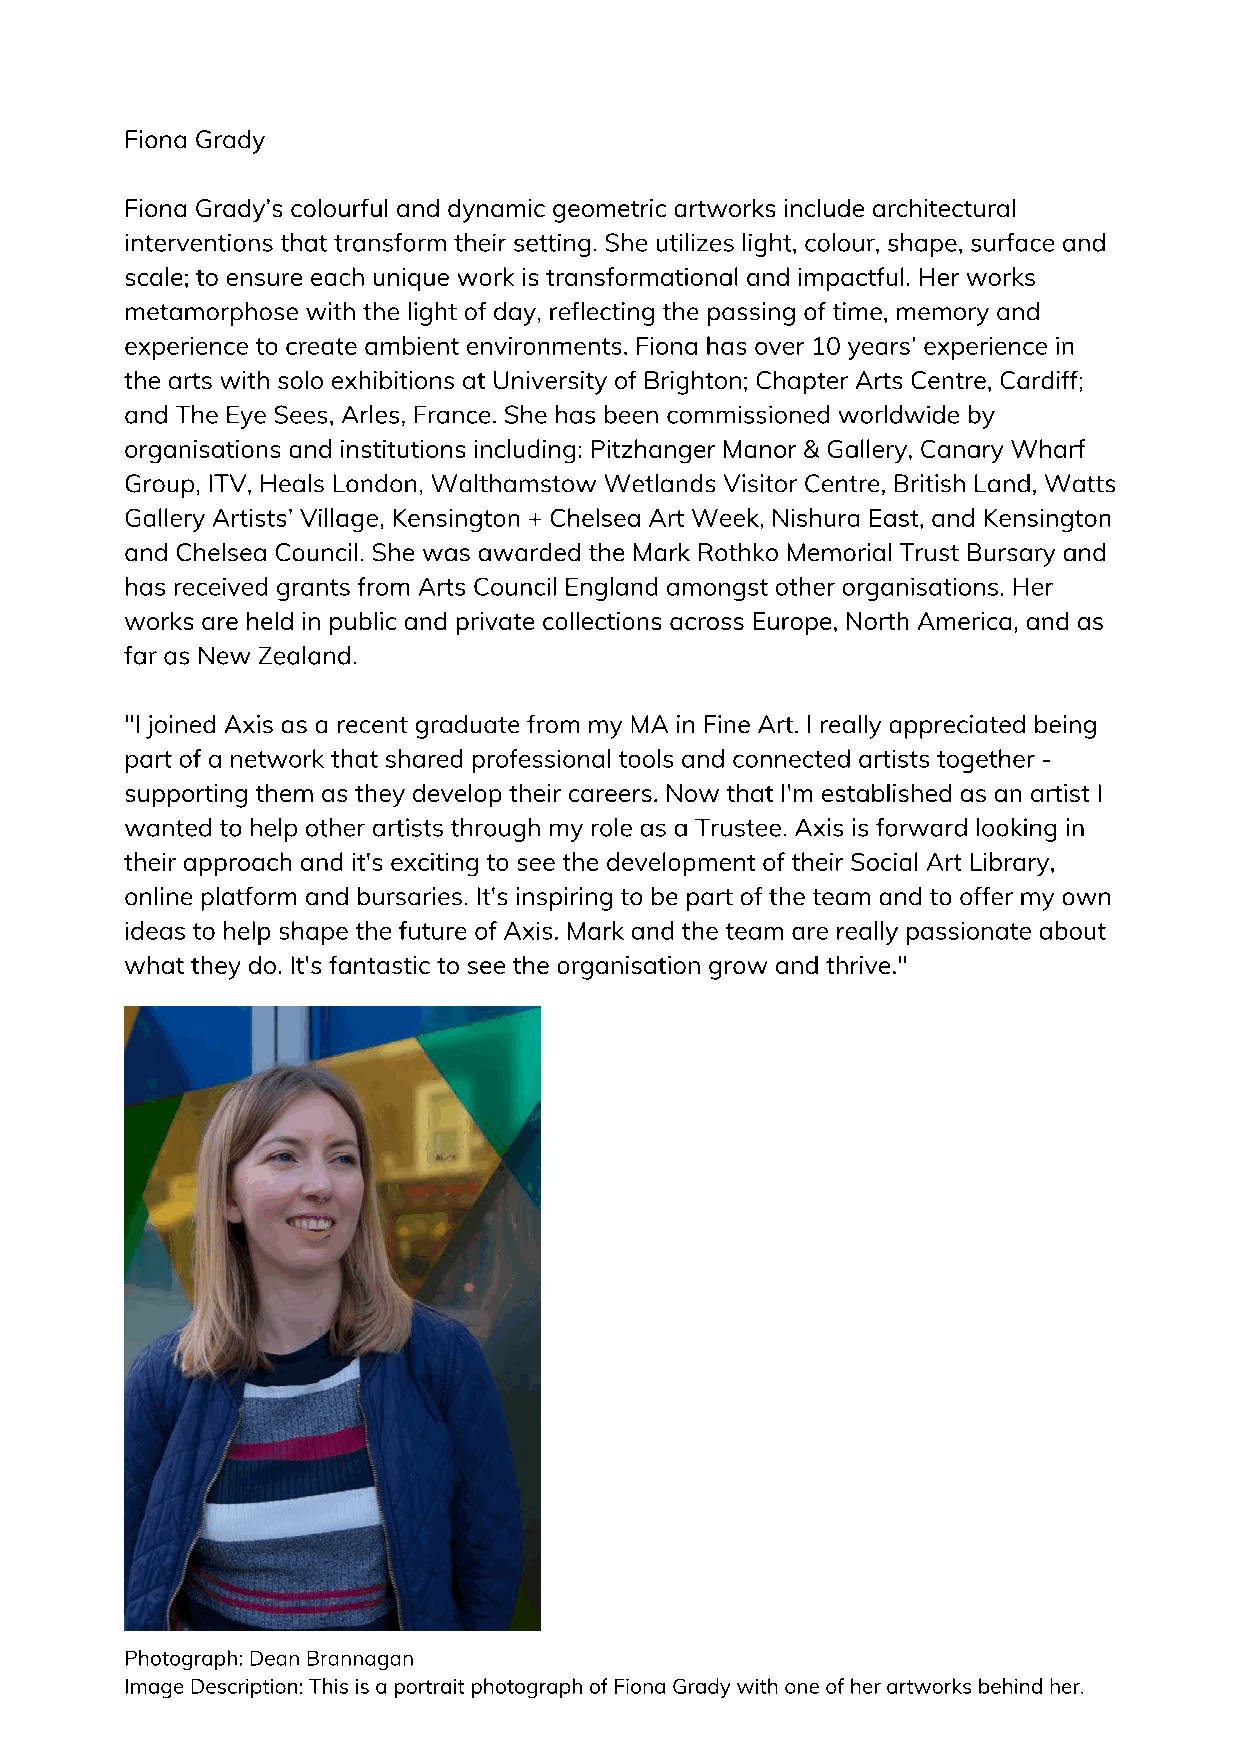
Fiona Grady
 Fiona Grady’s colourful and dynamic geometric artworks include architectural
 interventions that transform their setting. She utilizes light, colour, shape, surface and
 scale; to ensure each unique work is transformational and impactful. Her works
 metamorphose with the light of day, reflecting the passing of time, memory and
 experience to create ambient environments. Fiona has over 10 years’ experience in
 the arts with solo exhibitions at University of Brighton; Chapter Arts Centre, Cardiff;
 and The Eye Sees, Arles, France. She has been commissioned worldwide by
 organisations and institutions including: Pitzhanger Manor & Gallery, Canary Wharf
 Group, ITV, Heals London, Walthamstow Wetlands Visitor Centre, British Land, Watts
 Gallery Artists’ Village, Kensington + Chelsea Art Week, Nishura East, and Kensington
 and Chelsea Council. She was awarded the Mark Rothko Memorial Trust Bursary and
 has received grants from Arts Council England amongst other organisations. Her
 works are held in public and private collections across Europe, North America, and as
 far as New Zealand.
 "I joined Axis as a recent graduate from my MA in Fine Art. I really appreciated being
 part of a network that shared professional tools and connected artists together -
 supporting them as they develop their careers. Now that I'm established as an artist I
 wanted to help other artists through my role as a Trustee. Axis is forward looking in
 their approach and it's exciting to see the development of their Social Art Library,
 online platform and bursaries. It's inspiring to be part of the team and to offer my own
 ideas to help shape the future of Axis. Mark and the team are really passionate about
 what they do. It's fantastic to see the organisation grow and thrive."
 Photograph: Dean Brannagan
 Image Description: This is a portrait photograph of Fiona Grady with one of her artworks behind her.